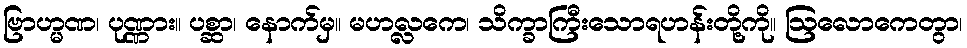
ဗြာဟ္မဏ၊ ပုဏ္ဏား။ ပစ္ဆာ၊ နောက်မှ။ မဟလ္လကေ၊ သိက္ခာကြီးသောရဟန်းတို့ကို။ ဩလောကေတွာ၊